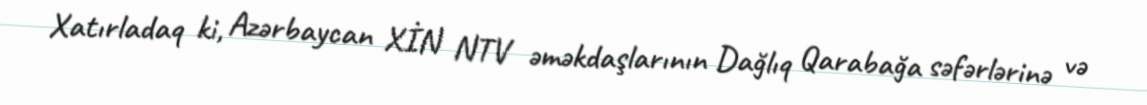
Xatırladaq ki, Azərbaycan XİN NTV əməkdaşlarının Dağlıq Qarabağa səfərlərinə və